Lunatic asylums in Bengal annual reports 1899-1911 - 1899-1911
Year: 1899
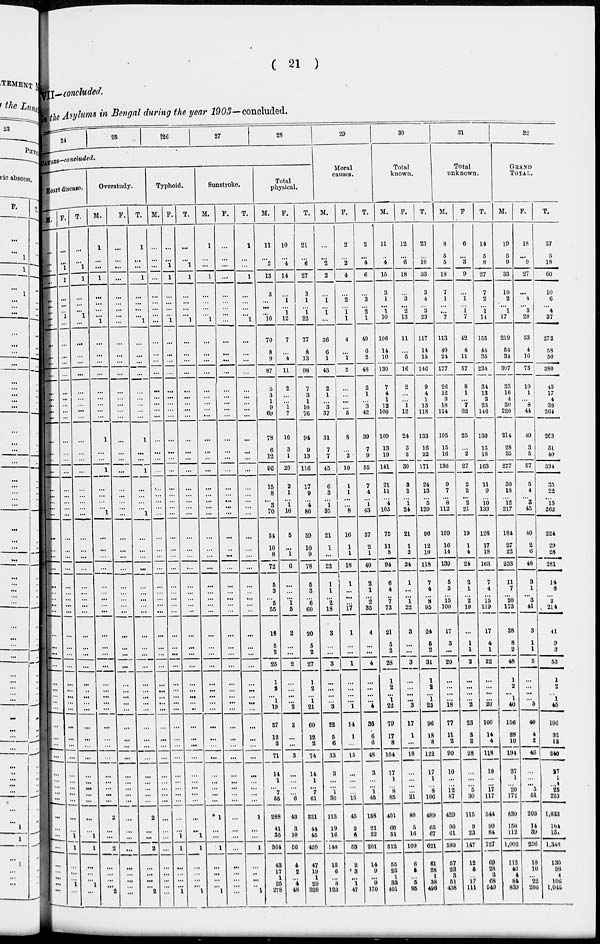
( 21 )
VII— concluded.
in the Asylums in Bengal during the year 1903—concluded.
24 25
26
27
28
CAUSES-concluded.
Heart disease.
M.
...
...
...
...
...
...
...
...
...
...
...
...
...
...
...
...
...
...
...
...
...
...
...
...
...
...
...
...
...
...
...
...
...
...
...
...
...
...
...
...
...
...
...
...
...
...
...
...
...
...
...
...
...
...
...
...
...
...
...
...
...
...
...
F.
...
...
1
1
...
...
...
1
...
...
...
...
...
...
...
...
...
...
...
...
...
...
...
...
...
...
...
...
...
...
...
...
...
...
...
...
...
...
...
...
...
...
...
...
...
...
...
...
...
...
...
...
...
...
...
...
...
1
...
...
...
1
...
T.
...
...
1
1
...
...
...
1
...
...
...
...
...
...
...
...
...
...
...
...
...
...
...
...
...
...
...
...
...
...
...
...
...
...
...
...
...
...
...
...
...
...
...
...
...
...
...
...
...
...
...
...
...
...
...
...
...
1
...
...
... 1
...
Overstudy.
M.
1
...
...
1
...
...
...
...
1
...
...
...
...
...
...
...
...
...
1
...
...
1
...
...
...
... 1
...
...
...
...
...
...
...
...
...
...
...
...
...
...
...
...
...
...
...
...
...
...
...
...
...
...
...
2
...
...
2
...
...
...
...
2
F.
...
...
...
...
...
...
...
...
...
...
...
...
...
...
...
...
...
...
...
...
...
...
...
...
...
...
...
...
...
...
...
...
...
...
...
...
...
...
...
...
...
...
...
...
...
...
...
...
...
...
...
...
...
...
...
...
...
...
...
...
...
...
...
T.
1
...
...
1
...
...
...
...
1
...
...
...
...
...
...
...
...
...
1
...
...
1
...
...
...
...
1
...
...
...
...
...
...
...
...
...
...
...
...
...
...
...
...
...
...
...
...
...
...
...
...
...
...
...
2
...
...
2
...
...
...
...
2
Typhoid.
M.
...
...
...
...
...
...
...
...
...
...
...
...
...
...
...
...
...
...
...
...
...
...
...
...
...
...
...
...
...
...
...
...
...
...
...
...
...
...
...
...
...
...
...
...
...
...
...
...
...
...
...
...
...
...
...
...
...
...
...
...
...
...
...
F.
...
...
1
1
...
...
...
...
1
...
...
...
...
...
...
...
...
...
...
...
...
...
...
...
...
...
...
...
...
...
...
...
...
...
...
...
...
...
...
...
...
...
...
...
...
...
...
...
...
...
...
...
...
...
...
...
1
1
...
...
...
...
1
T.
...
...
1
1
...
...
...
... 1
...
...
...
...
...
...
...
...
...
...
...
...
...
...
...
...
...
...
...
...
...
...
...
...
...
...
...
...
...
...
...
...
...
...
...
...
...
...
...
...
...
...
...
...
...
...
...
1
1
...
...
...
...
1
Sunstroke.
M.
1
...
...
1
...
...
...
... 1
...
...
...
...
...
...
...
...
...
...
...
...
...
...
...
...
... ...
...
...
...
...
...
...
...
...
...
...
...
...
...
...
...
...
...
...
...
...
...
...
...
...
...
...
...
1
...
...
1
...
...
...
...
1
F.
...
...
...
...
...
...
...
...
...
...
...
...
...
...
...
...
...
...
...
...
...
...
...
...
...
...
...
...
...
...
...
...
...
...
...
...
...
...
...
...
...
...
...
...
...
...
...
...
...
...
...
...
...
...
...
...
...
...
...
...
...
...
...
T.
1
...
...
1
...
...
...
... 1
...
...
...
...
...
...
...
...
...
...
...
...
...
...
...
...
...
...
...
...
...
...
...
...
...
...
...
...
...
...
...
...
...
...
...
...
...
...
...
...
...
...
...
1
...
...
1
...
...
...
...
1
Total
physical.
M.
11
...
2
13
3
...
...
... 10
70
8
9
87
5
3
1
9
69
78
6
12
96
15
8
... 3
70
54
10
8
72
5
3
... 5
55
18
5
2
25
1
2
...
1
19
57
12
2
71
14
1
...
7
55
288
41
35
364
43
17
1
25
278
F.
10
...
4
14
...
1
...
1
12
7
...
4
11
2
...
...
1
7
16
3
1
20
2
1
... 1
16
5
...
1
6
...
...
... 1
5
2
...
...
2
...
...
...
...
2
3
...
...
3
...
...
...
...
6
43
3
10
56
4
2
...
4
48
T.
21
...
6
27
3
1
...
1
22
77
8
13
98
7
3
1
10
76
94
9
13
116
17
9
... 4
86
59
10
9
78
5
3
... 6
60
20
5
2
27
1
2
...
1
21
60
12
2
74
14
1
...
7
61
331
44
45
420
47
19
1
29
326
29
Moral
causes.
M.
...
...
2
2
...
1
...
1
...
36
6
1
43
2
1
...
3
37
31
7
7
45
6
3
... 1
35
21
1
...
22
1
1
... 2
18
3
...
...
3
...
...
...
...
3
22
5
6
33
3
...
...
1
30
113
19
16
148
12
6
...
8
123
F.
2
...
2
4
...
2
...
1
1
4
...
1
5
...
...
...
...
5
8
...
2
10
1
1
...
...
8
16
1
1
18
1
...
...
...
17
1
...
...
1
...
...
...
...
1
14
1
...
15
...
...
...
...
15
45
2
6
53
2
3
...
1
47
T.
2
...
4
6
...
3
...
2
1
40
6
2
48
2
1
...
3
42
39
7
9
55
7
4
... 1
43
37
2
1
40
2
1
... 2
35
4
...
...
4
...
...
...
...
4
36
6
6
48
3
...
...
1
45
158
21
22
201
14
9
...
9
170
30
Total
known.
M.
11
...
4
15
3
1
...
1
10
106
14
10
130
7
4
1
12
106
109
13
19
141
21
11
... 4
105
75
11
8
94
6
4
... 7
73
21
5
2
28
1
2
...
1
22
79
17
8
104
17
1
...
8
85
401
60
51
512
55
23
1
33
401
F.
12
...
6
18
...
3
...
2
13
11
...
5
16
2
...
...
1
12
24
3
3
30
3
2
... 1
24
21
1
2
24
1
...
... 1
22
3
...
...
3
...
...
...
...
3
17
1
...
18
...
...
...
...
21
88
5
16
109
6
5
... 5
95
T.
23
...
10
33
3
4
...
3
23
117
14
15
146
9
4
1
13
118
133
16
22
171
24
13
... 5
129
96
12
10
118
7
4
... 8
95
24
5
2
31
1
2
...
1
25
96
18
8
122
17
1
... 8
106
489
65
67
621
61
28
1
38
496
31
Total
unknown.
M.
8
5
5
18
7
1
...
... 7
113
40
24
177
26
12
3
18
114
105
15
16
136
9
7
... 8
112
109
16
14
139
5
3
...
13
100
17
3
...
20
...
...
...
...
18
77
11
2
90
10
...
...
12
87
429
90
61
580
57
23
3
51
438
F.
6
...
3
9
...
1
...
1
7
42
4
11
57
8
1
...
7
32
25
...
2
27
2
2
... 2
21
19
1
4
24
2
1
... 2
19
...
1
1
2
...
...
...
...
2
23
3
2
28
...
...
...
5
30
115
9
23
147
12
5
... 17
111
T.
14
5
8
27
7
2
...
1
14
155
44
35
234
34
13
3
25
146
130
15
18
163
11
9
... 10
133
128
17
18
163
7
4
...
15
119
17
4
1
22
...
...
...
...
20
100
14
4
118
10
...
...
17
117
544
99
84
727
69
28
3
68
549
32
GRAND
TOTAL.
M.
19
5
9
33
10
2
...
1
17
219
54
34
307
33
16
4
30
220
214
28
35
277
30
18
... 12
217
184
27
22
233
11
7
... 20
173
38
8
2
48
1
2
...
1
40
156
28
10
194
27
1
...
20
172
830
150
112
1,092
112
46
4
84
839
F.
18
...
9
27
...
4
...
3
20
53
4
16
73
10
1
...
8
44
49
3
5
57
5
4
... 3
45
40
2
6
48
3
1
... 3
41
3
1
1
5
...
...
...
... 5
40
4
2
46
...
...
... 5
51
203
14
39
256
18
10
...
22
206
T.
37
5
18
60
10
6
...
4
37
272
58
50
380
43
17
4
38
264
263
31
40
334
35
22
... 15
262
224
29
28
281
14
8
... 2
214
41
9
3
53
1
2
...
1
45
196
32
12
240
27
1
...
25
223
1,033
164
151
1,348
130
56
4
106
1,045